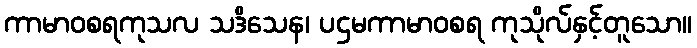
ကာမာဝစရကုသလ သဒိသေန၊ ပဌမကာမာဝစရ ကုသိုလ်နှင့်တူသော။